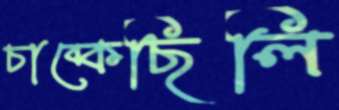
চাব্‌কেছিলি